Sketch of the medical history of the native army of Bombay, for the year
Year: 1872
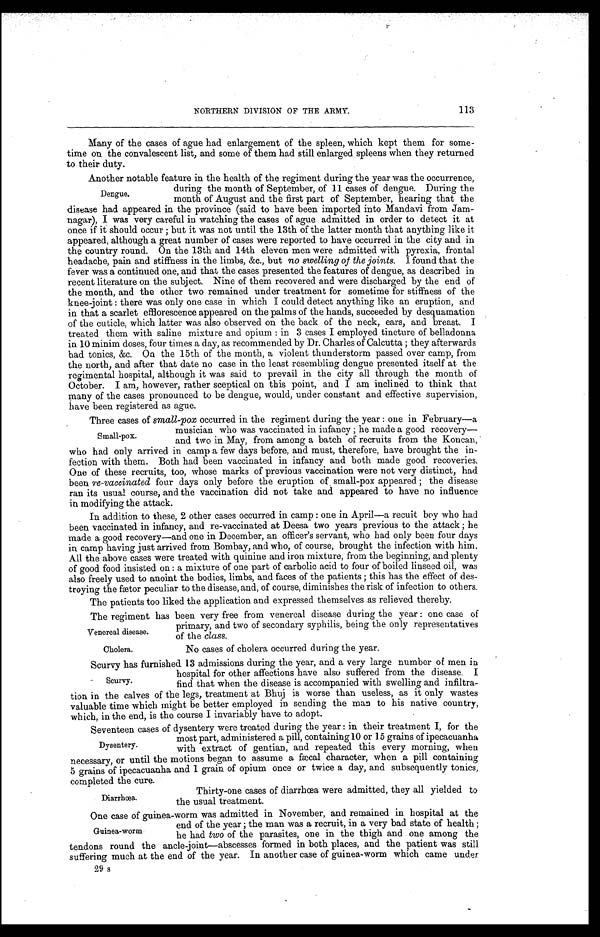
NORTHERN DIVISION OF THE ARMY.
113
Many of the cases of ague had enlargement of the spleen, which kept them for some-
time on the convalescent list, and some of them had still enlarged spleens when they returned
to their duty.
Another notable feature in the health of the regiment during the year was the occurrence,
during the month of September, of 11 cases of dengue. During the
Dengue.
month of August and the first part of September, hearing that the
disease had appeared in the province (said to have been imported into Mandavi from Jam-
nagar), I was very careful in watching the cases of ague admitted in order to detect it at
once if it should occur ; but it was not until the 13th of the latter month that anything like it
appeared, although a great number of cases were reported to have occurred in the city and in
the country round. On the 13th and 14th eleven men were admitted with pyrexia, frontal
headache, pain and stiffness in the limbs, &c., but no swelling of the joints. I found that the
fever was a continued one, and that the cases presented the features of dengue, as described in
recent literature on the subject. Nine of them recovered and were discharged by the end of
the month, and the other two remained under treatment for sometime for stiffness of the
k n e e - j o i n t : t h e r e w a s o n l y o n e c a s e i n w h i c h I c o u l d d e t e c t a n y t h i n g l i k e a n e r u p t i o n , a n d
in that a scarlet efflorescence appeared on the palms of the hands, succeeded by desquamation
of the cuticle, which latter was also observed on the back of the neck, ears, and breast. I
treated them with saline mixture and opium : in 3 cases I employed tincture of belladonna
in 10 minim doses, four times a day, as recommended by Dr. Charles of Calcutta ; they afterwards
had tonics, &c. On the 15th of the month, a violent thunderstorm passed over camp, from
the north, and after that date no case in the least resembling dengue presented itself at the
regimental hospital, although it was said to prevail in the city all through the month of
October. I am, however, rather sceptical on this point, and I am inclined to think that
many of the cases pronounced to be dengue, would, under constant and effective supervision,
have been registered as ague.
Three cases of small-pox occurred in the regiment during the year : one in February—a
pox
-11mall-pox musician who was vaccinated in infancy ; he made a good recovery—
and two in May, from among a batch of recruits from the Koncan,
who had only arrived in camp a few days before, and must, therefore, have brought the in-
fection with them. Both had been vaccinated in infancy and both made good recoveries.
One of these recruits, too, whose marks of previous vaccination were not very distinct, had
been re-vaccinated four days only before the eruption of small-pox appeared ; the disease
ran its usual course, and the vaccination did not take and appeared to have no influence
in modifying the attack.
In addition to these, 2 other cases occurred in camp : one in April—a recuit boy who had
been vaccinated in infancy, and re-vaccinated at Deesa two years previous to the attack ; he
made a good recovery—and one in December, an officer's servant, who had only been four days
in camp having just arrived from Bombay, and who, of course, brought the infection with him.
All the above cases were treated with quinine and iron mixture, from the beginning, and plenty
of good food insisted on : a mixture of one part of carbolic acid to four of boiled linseed oil, was
also freely used to anoint the bodies, limbs, and faces of the patients ; this has the effect of des-
troying the fætor peculiar to the disease, and, of course, diminishes the risk of infection to others.
The patients too liked the application and expressed themselves as relieved thereby.
The regiment has been very free from venereal disease during the year : one case of
primary, and two of secondary syphilis, being the only representatives
Venereal disease.
of the class.
Cholera.
No cases of cholera occurred during the year.
Scurvy has furnished 13 admissions during the year, and a very large number of men in
hospital for other affections have also suffered from the disease. I
Scurvy. find that when the disease is accompanied with swelling and infiltra-
tion in the calves of the legs, treatment at Bhuj is worse than useless, as it only wastes
valuable time which might be better employed in sending the man to his native country,
which, in the end, is the course I invariably have to adopt.
Seventeen cases of dysentery were treated during the year : in their treatment I, for the
most part, administered a pill, containing 10 or 15 grains of ipecacuanha
Dysentery.
with extract of gentian, and repeated this every morning, when
necessary, or until the motions began to assume a fæcal character, when a pill containing
5 grains of ipecacuanha and 1 grain of opium once or twice a day, and subsequently tonics,
completed the cure.
Thirty-one cases of diarrhoea were admitted, they all yielded to
Diarrhoea.
the usual treatment.
One case of guinea-worm was admitted in November, and remained in hospital at the
end of the year ; the man was a recruit, in a very bad state of health ;
Guinea-worm
he had two of the parasites, one in the thigh and one among the
tendons round the ancle-joint—abscesses formed in both places, and the patient was still
suffering much at the end of the year. In another case of guinea-worm which came under
29 s